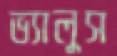
ভ্যালুস